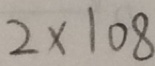
2 \times 1 0 8